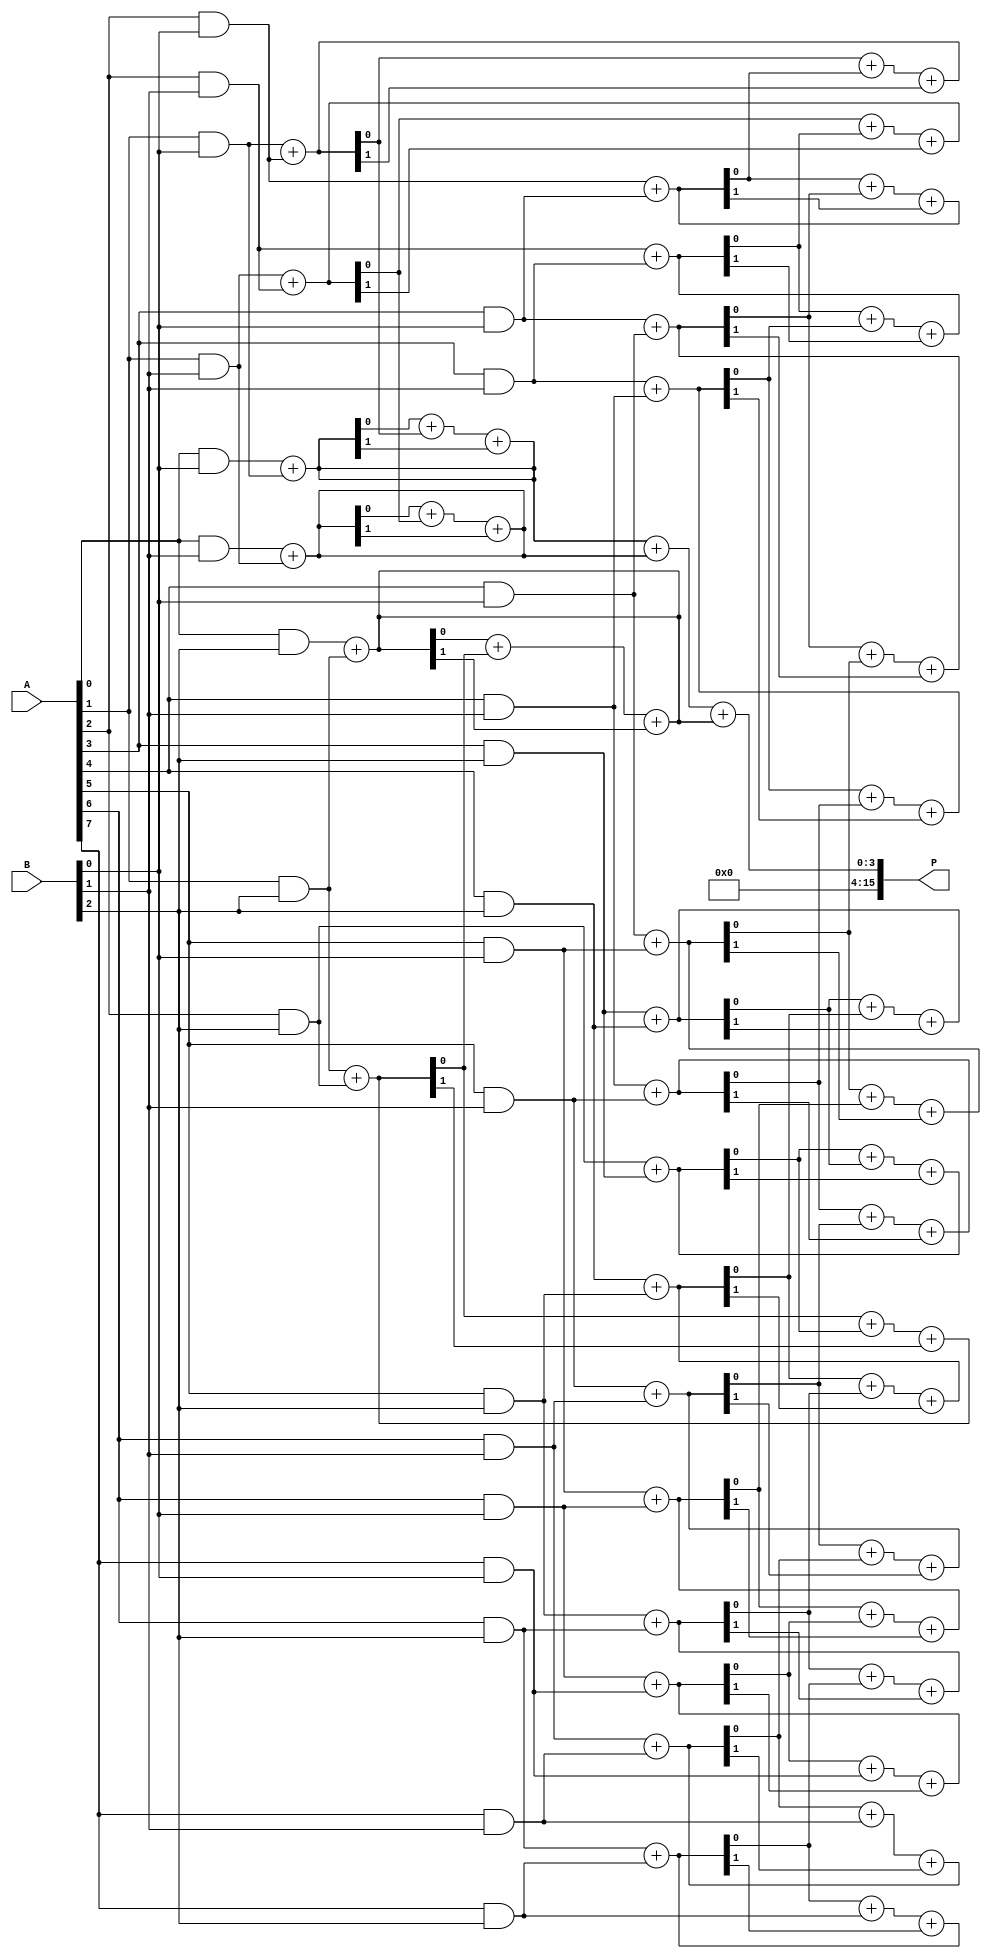
module scalable_wallace_tree_multiplier #(parameter N = 8) (
    input  wire [N-1:0] A, // First operand
    input  wire [N-1:0] B, // Second operand
    output wire [2*N-1:0] P // Product output
);

    // Generate partial products
    wire [N-1:0] pp [0:N-1]; // Partial products
    genvar i, j;
    generate
        for (i = 0; i < N; i = i + 1) begin : partial_product_gen
            for (j = 0; j < N; j = j + 1) begin : pp_bit
                assign pp[i][j] = A[i] & B[j];
            end
        end
    endgenerate

    // Wallace tree reduction
    wire [N+1:0] sum [0:N-1]; // Sums at each level
    wire [N+1:0] carry [0:N-1]; // Carries at each level
    wire [N-1:0] final_sum;
    wire [N-1:0] final_carry;

    // First level of reduction
    generate
        for (i = 0; i < N; i = i + 1) begin : reduction_level_1
            if (i < N-1) begin
                assign {carry[i][0], sum[i][0]} = pp[i][0] + pp[i+1][0];
                assign {carry[i][1], sum[i][1]} = pp[i][1] + pp[i+1][1];
                assign {carry[i][2], sum[i][2]} = pp[i][2] + pp[i+1][2];
            end else begin
                assign sum[i][0] = pp[i][0];
                assign sum[i][1] = pp[i][1];
                assign sum[i][2] = pp[i][2];
            end
        end
    endgenerate

    // Further levels of reduction
    genvar level;
    for (level = 1; level < N; level = level + 1) begin : reduction_levels
        for (i = 0; i < N - level; i = i + 1) begin : reduction
            assign {carry[i][0], sum[i][0]} = sum[i][0] + sum[i+1][0] + carry[i][0];
            assign {carry[i][1], sum[i][1]} = sum[i][1] + sum[i+1][1] + carry[i][1];
            assign {carry[i][2], sum[i][2]} = sum[i][2] + sum[i+1][2] + carry[i][2];
        end
    end

    // Final addition stage
    assign P = {carry[0][0], sum[0][0]} + {carry[0][1], sum[0][1]} + {carry[0][2], sum[0][2]};

endmodule